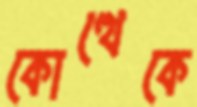
কোত্থেকে